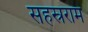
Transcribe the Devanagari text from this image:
सहस्रराम